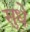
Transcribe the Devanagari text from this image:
सुधे